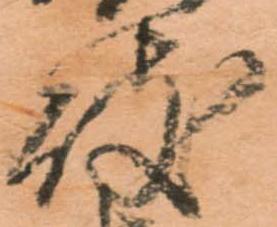
岐